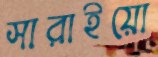
সারাইয়ো